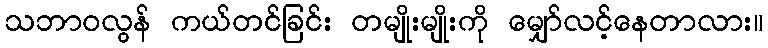
သဘာဝလွန် ကယ်တင်ခြင်း တမျိုးမျိုးကို မျှော်လင့်နေတာလား။